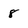
Character: 8